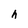
Character: h